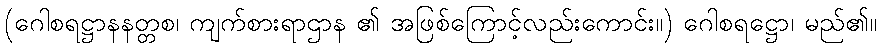
(ဂေါစရဋ္ဌာနနတ္တစ၊ ကျက်စားရာဌာန ၏ အဖြစ်ကြောင့်လည်းကောင်း။) ဂေါစရဋ္ဌော၊ မည်၏။